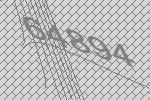
64894